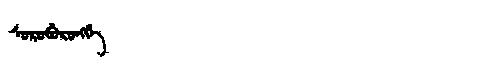
Manchu: ᠰᠣᡵᠣᠪᡠᡵᠣᠩᡤᡝ
Romanization: SOROBURONGGE